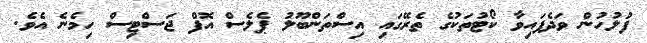
ފުލުހުން ވަދެފައިވާ ކޯޓުތަކުގެ ތެރޭގައި އިސްތަންބޫލު ޕެލެސް އޮފް ޖަސްޓިސް ހިމެނެ އެވެ.